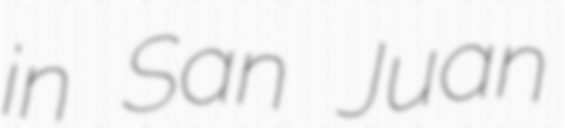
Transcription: in San Juan